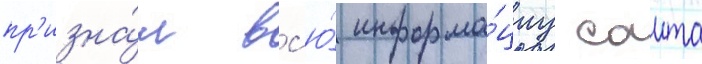
пр'изна́л вс'ю́ информа́циу саита